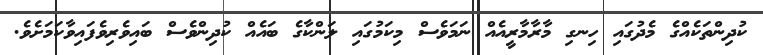
ކުދިންތަކެއްގެ މެދުގައި ހިނގި މާރާމާރީއެއް ނަމަވެސް މިކަމުގައި ލަންކާގެ ބައެއް ކުދިންވެސް ބައިވެރިވެފައިވާކަމަށެވެ.